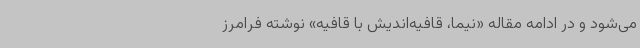
می‌شود و در ادامه مقاله «نیما، قافیه‌اندیش با قافیه» نوشته فرامرز